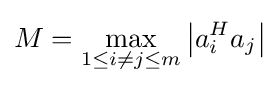
M=\max _{1\leq i\neq j\leq m}\left|a_{i}^{H}a_{j}\right|